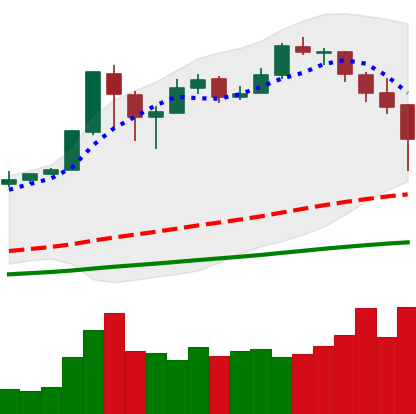
Ticker: BTC-USD
Chart end date: 2017-12-22
Forward return: 14.508%
Label: up_7plus